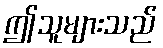
ဤသူများသည်